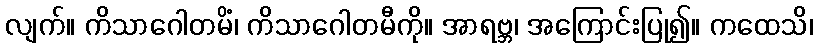
လျက်။ ကိသာဂေါတမိံ၊ ကိသာဂေါတမီကို။ အာရဗ္ဘ၊ အကြောင်းပြု၍။ ကထေသိ၊